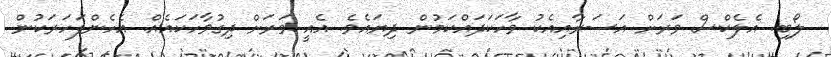
ލޯބި. އެލެކްސް ވަރަށް އަސަރާއިއެކު ވާހަކަދައްކަމުން ދިޔައެވެ. އެއީ ވަރަށް ދިގުވާހަކައެއް. އެހެންފަހަރަކުން